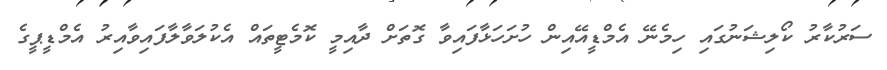
ސަރުކާރު ކޯލިޝަނުގައި ހިމެނޭ އެމްޑީއޭއިން ހުށަހަޅާފައިވާ ގޮތަށް ދާއިމީ ކޮމެޓީތައް އެކުލަވާލާފައިވާއިރު އެމްޑީޕީގެ